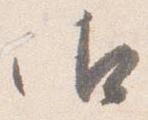
御